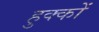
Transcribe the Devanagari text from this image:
हुक्‍कों